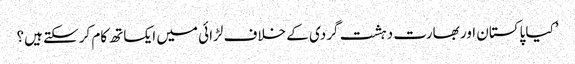
’کیا پاکستان اور بھارت دہشت گردی کے خلاف لڑائی میں ایکساتھ کام کرسکتے ہیں؟